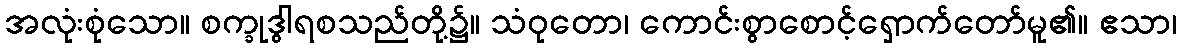
အလုံးစုံသော။ စက္ခုဒွါရစသည်တို့၌။ သံဝုတော၊ ကောင်းစွာစောင့်ရှောက်တော်မူ၏။ ဧသာ၊